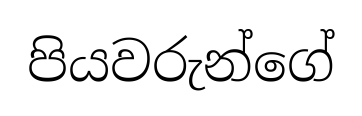
පියවරුන්ගේ